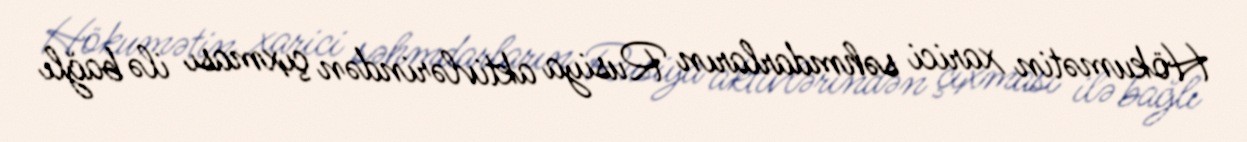
Hökumətin xarici səhmdarların Rusiya aktivlərindən çıxması ilə bağlı